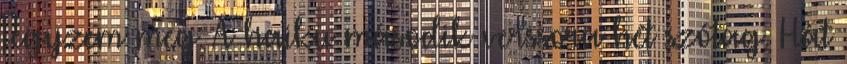
jegyzem meg: A haiku második verssora hét szótag. Hát